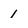
Character: 1